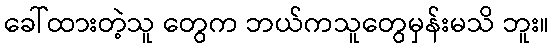
ခေါ်ထားတဲ့သူ တွေက ဘယ်ကသူတွေမှန်းမသိ ဘူး။